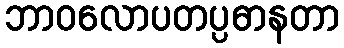
ဘာဝလောပတပ္ပဓာနတာ